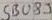
Text: SBU89